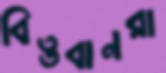
বিত্তবানরা